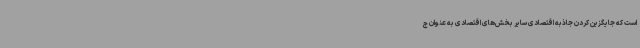
است که جایگزین کردن جاذبه اقتصادی سایر بخش‌های اقتصادی به عنوان ج